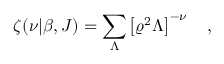
\zeta ( \nu | \beta , J ) = \sum _ { \Lambda } \left[ \varrho ^ { 2 } \Lambda \right] ^ { - \nu } ~ ~ ~ ,